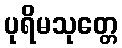
ပုရိမသုတ္တေ